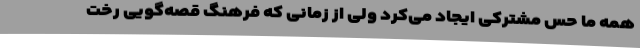
همه ما حس مشترکی ایجاد می‌کرد ولی از زمانی که فرهنگ قصه‌گویی رخت